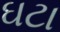
ઘટા